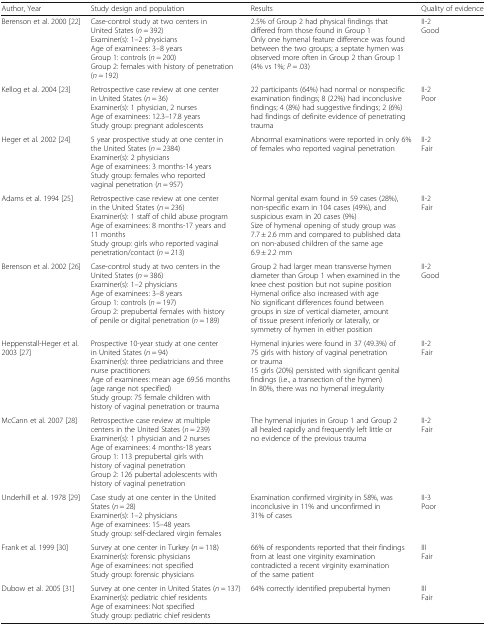
<table><thead><tr><td><b>Author, Year</b></td><td><b>Study design and population</b></td><td><b>Results</b></td><td><b>Quality of evidence</b></td></tr></thead><tbody><tr><td>Berenson et al. 2000 [22]</td><td>Case-control study at two centers in United States (<i>n</i> = 392)Examiner(s): 1–2 physiciansAge of examinees: 3–8 yearsGroup 1: controls (<i>n</i> = 200)Group 2: females with history of penetration (<i>n</i> = 192)</td><td>2.5% of Group 2 had physical findings that differed from those found in Group 1Only one hymenal feature difference was found between the two groups; a septate hymen was observed more often in Group 2 than Group 1 (4% vs 1%; <i>P</i> = .03)</td><td>II-2Good</td></tr><tr><td>Kellog et al. 2004 [23]</td><td>Retrospective case review at one center in United States (<i>n</i> = 36)Examiner(s): 1 physician, 2 nursesAge of examinees: 12.3–17.8 yearsStudy group: pregnant adolescents</td><td>22 participants (64%) had normal or nonspecific examination findings; 8 (22%) had inconclusive findings; 4 (8%) had suggestive findings; 2 (6%) had findings of definite evidence of penetrating trauma</td><td>II-2Poor</td></tr><tr><td>Heger et al. 2002 [24]</td><td>5 year prospective study at one center in the United States (<i>n</i> = 2384)Examiner(s): 2 physiciansAge of examinees: 3 months-14 yearsStudy group: females who reported vaginal penetration (<i>n</i> = 957)</td><td>Abnormal examinations were reported in only 6% of females who reported vaginal penetration</td><td>II-2Fair</td></tr><tr><td>Adams et al. 1994 [25]</td><td>Retrospective case review at one center in the United States (<i>n</i> = 236)Examiner(s): 1 staff of child abuse programAge of examinees: 8 months-17 years and 11 monthsStudy group: girls who reported vaginal penetration/contact (<i>n</i> = 213)</td><td>Normal genital exam found in 59 cases (28%), non-specific exam in 104 cases (49%), and suspicious exam in 20 cases (9%)Size of hymenal opening of study group was 7.7 ± 2.6 mm and compared to published data on non-abused children of the same age 6.9 ± 2.2 mm</td><td>II-2Fair</td></tr><tr><td>Berenson et al. 2002 [26]</td><td>Case-control study at two centers in the United States (<i>n</i> = 386)Examiner(s): 1–2 physiciansAge of examinees: 3–8 yearsGroup 1: controls (<i>n</i> = 197)Group 2: prepubertal females with history of penile or digital penetration (<i>n</i> = 189)</td><td>Group 2 had larger mean transverse hymen diameter than Group 1 when examined in the knee chest position but not supine position Hymenal orifice also increased with ageNo significant differences found between groups in size of vertical diameter, amount of tissue present inferiorly or laterally, or symmetry of hymen in either position</td><td>II-2Good</td></tr><tr><td>Heppenstall-Heger et al. 2003 [27]</td><td>Prospective 10-year study at one center in United States (<i>n</i> = 94)Examiner(s): three pediatricians and three nurse practitionersAge of examinees: mean age 69.56 months (age range not specified)Study group: 75 female children with history of vaginal penetration or trauma</td><td>Hymenal injuries were found in 37 (49.3%) of 75 girls with history of vaginal penetration or trauma15 girls (20%) persisted with significant genital findings (i.e., a transection of the hymen)In 80%, there was no hymenal irregularity</td><td>II-2Fair</td></tr><tr><td>McCann et al. 2007 [28]</td><td>Retrospective case review at multiple centers in the United States (<i>n</i> = 239)Examiner(s): 1 physician and 2 nursesAge of examinees: 4 months-18 yearsGroup 1: 113 prepubertal girls with history of vaginal penetrationGroup 2: 126 pubertal adolescents with history of vaginal penetration</td><td>The hymenal injuries in Group 1 and Group 2 all healed rapidly and frequently left little or no evidence of the previous trauma</td><td>II-2Fair</td></tr><tr><td>Underhill et al. 1978 [29]</td><td>Case study at one center in the United States (<i>n</i> = 28)Examiner(s): 1–2 physiciansAge of examinees: 15–48 yearsStudy group: self-declared virgin females</td><td>Examination confirmed virginity in 58%, was inconclusive in 11% and unconfirmed in 31% of cases</td><td>II-3Poor</td></tr><tr><td>Frank et al. 1999 [30]</td><td>Survey at one center in Turkey (<i>n</i> = 118)Examiner(s): forensic physiciansAge of examinees: not specifiedStudy group: forensic physicians</td><td>66% of respondents reported that their findings from at least one virginity examination contradicted a recent virginity examination of the same patient</td><td>IIIFair</td></tr><tr><td>Dubow et al. 2005 [31]</td><td>Survey at one center in United States (<i>n</i> = 137)Examiner(s): pediatric chief residentsAge of examinees: Not specifiedStudy group: pediatric chief residents</td><td>64% correctly identified prepubertal hymen</td><td>IIIFair</td></tr></tbody></table>